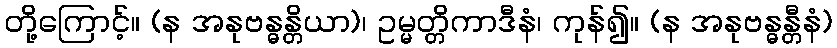
တို့ကြောင့်။ (န အနုဗန္ဓန္တိယာ)၊ ဥမ္မတ္တိကာဒီနံ၊ ကုန်၍။ (န အနုဗန္ဓန္တီနံ)